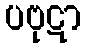
ပဗုဋာ